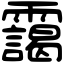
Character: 靄